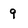
Character: 9